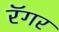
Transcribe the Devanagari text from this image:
रॅगर